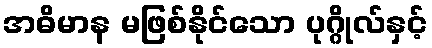
အဓိမာန မဖြစ်နိုင်သော ပုဂ္ဂိုလ်နှင့်